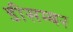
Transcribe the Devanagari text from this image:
डीसम्बर